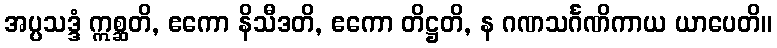
အပ္ပသဒ္ဒံ ဣစ္ဆတိ, ဧကော နိသီဒတိ, ဧကော တိဋ္ဌတိ, န ဂဏသင်္ဂဏိကာယ ယာပေတိ။